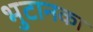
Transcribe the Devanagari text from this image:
भुटानका